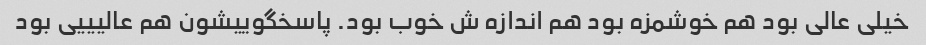
خیلی عالی بود هم خوشمزه بود هم اندازه ش خوب بود. پاسخگوییشون هم عالیییی بود